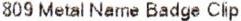
809 METAL NAME BADGE CLIP